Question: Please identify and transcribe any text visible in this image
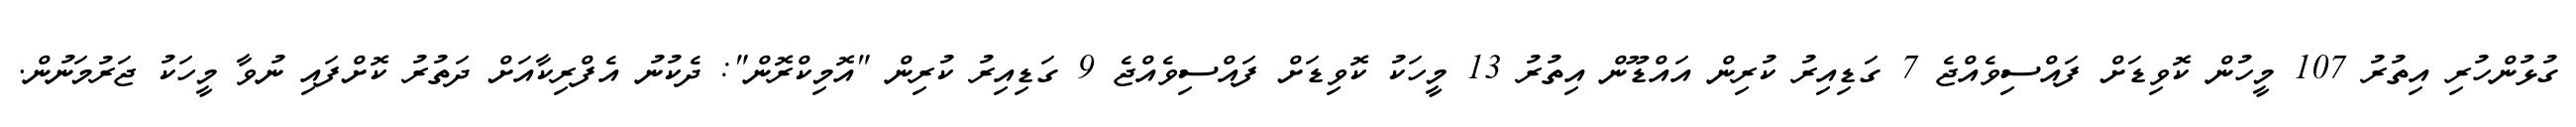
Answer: ގުޅުންހުރި އިތުރު 107 މީހުން ކޮވިޑަށް ފައްސިވެއްޖެ 7 ގަޑިއިރު ކުރިން އައްޑޫން އިތުރު 13 މީހަކު ކޮވިޑަށް ފައްސިވެއްޖެ 9 ގަޑިއިރު ކުރިން "އޮމިކްރޮން": ދެކުނު އެފްރިކާއަށް ދަތުރު ކޮށްފައި ނުވާ މީހަކު ޖަރުމަނުން.